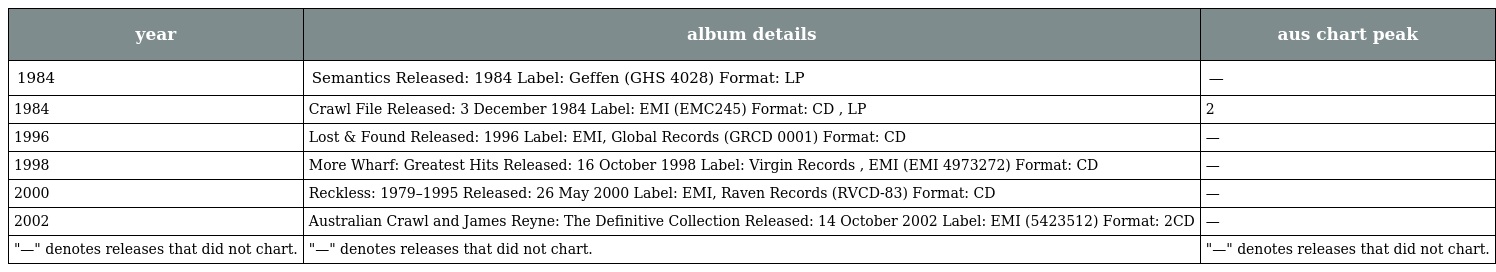
| year | album details | aus chart peak |
 | --- | --- | --- |
 | 1984 | Semantics Released: 1984 Label: Geffen (GHS 4028) Format: LP | — |
 | 1984 | Crawl File Released: 3 December 1984 Label: EMI (EMC245) Format: CD , LP | 2 |
 | 1996 | Lost & Found Released: 1996 Label: EMI, Global Records (GRCD 0001) Format: CD | — |
 | 1998 | More Wharf: Greatest Hits Released: 16 October 1998 Label: Virgin Records , EMI (EMI 4973272) Format: CD | — |
 | 2000 | Reckless: 1979–1995 Released: 26 May 2000 Label: EMI, Raven Records (RVCD-83) Format: CD | — |
 | 2002 | Australian Crawl and James Reyne: The Definitive Collection Released: 14 October 2002 Label: EMI (5423512) Format: 2CD | — |
 | "—" denotes releases that did not chart. | "—" denotes releases that did not chart. | "—" denotes releases that did not chart. |